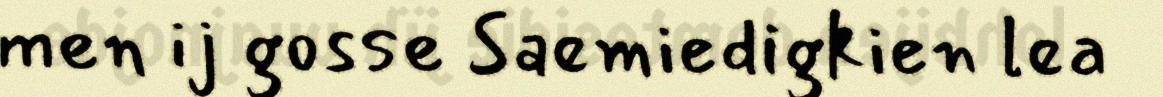
men ij gosse Saemiedigkien lea